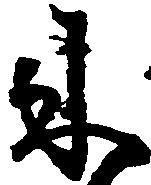
来